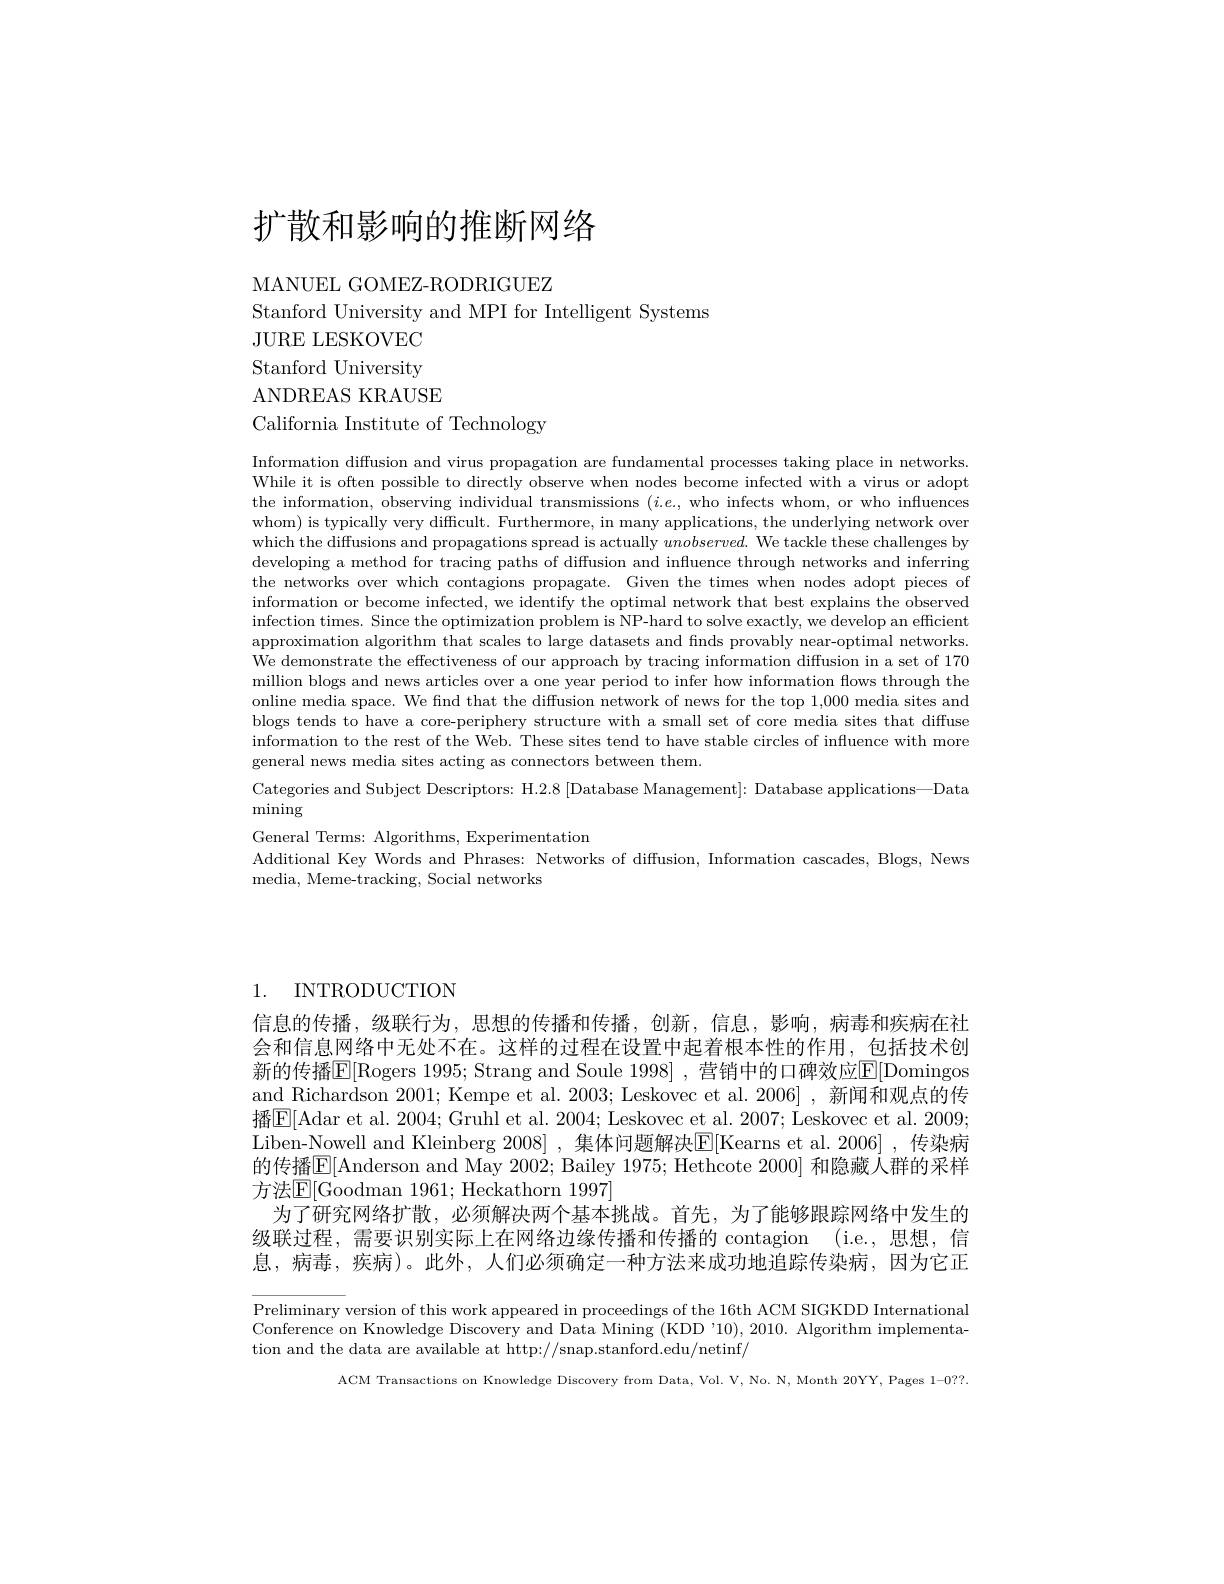
# 扩散和影响的推断网络

MANUEL GOMEZ- RODRIGUEZ

Stanford University and MPI for Intelligent Systems
JURE LESKOVEC Stanford University ANDREAS KRAUSE
California Institute of Technology

Information diffusion and virus propagation are fundamental processes taking place in networks. While it is often possible to directly observe when nodes become infected with a virus or adopt the information, observing individual transmissions $(i.e.$, who infects whom, or who influences whom) is typically very difficult. Furthermore, in many applications, the underlying network over which the diffusions and propagations spread is actually $unobserved.$ We tackle these challenges by developing a method for tracing paths of diffusion and influence through networks and inferring the networks over which contagions propagate. Given the times when nodes adopt pieces of information or become infected, we identify the optimal network that best explains the observed infection times. Since the optimization problem is NP-hard to solve exactly, we develop an efficient approximation algorithm that scales to large datasets and finds provably near-optimal networks. We demonstrate the effectiveness of our approach by tracing information diffusion in a set of 170 million blogs and news articles over a one year period to infer how information flows through the online media space. We find that the diffusion network of news for the top 1,000 media sites and blogs tends to have a core-periphery structure with a small set of core media sites that diffuse information to the rest of the Web. These sites tend to have stable circles of influence with more general news media sites acting as connectors between them.
Categories and Subject Descriptors: H.2.8 [Database Management]: Database applications—Data
$\operatorname*{mining}$
General Terms: Algorithms, Experimentation
Additional Key Words and Phrases: Networks of diffusion, Information cascades, Blogs, News
media, Meme-tracking, Social networks

1. INTRODUCTION

信息的传播，级联行为，思想的传播和传播，创新，信息，影响，病毒和疾病在社会和信息网络中无处不在。这样的过程在设置中起着根本性的作用，包括技术创新的传播$\overline{\mathbb{E}}[$Rogers 1995; Strang and Soule 1998] , 营销中的口碑效应$\underline{\mathbb{E}}[$Domingos and Richardson 2001; Kempe et al. 2003; Leskovec et al. 2006],新闻和观点的传播$\underline{\mathrm{E}}[$Adar et al. 2004; Gruhl et al. 2004; Leskovec et al. 2007; Leskovec et al. 2009; Liben-Nowell and Kleinberg 2008] , 集体问题解决$\overline{\mathrm{E}}[$Kearns et al.2006] ,传染病的传播$\mathbb{E}[$Anderson and May 2002; Bailey 1975; Hethcote 2000] 和隐藏人群的采样方法$\mathbb{E}[$Goodman 1961; Heckathorn 1997]
为了研究网络扩散，必须解决两个基本挑战。首先，为了能够跟踪网络中发生的级联过程，需要识别实际上在网络边缘传播和传播的 contagion (i.e., 思想，信息，病毒，疾病)。此外，人们必须确定一种方法来成功地追踪传染病，因为它正

Preliminary version of this work appeared in proceedings of the 16th ACM SIGKDD International Conference on Knowledge Discovery and Data Mining (KDD'10), 2010. Algorithm implementation and the data are available at http://snap.stanford.edu/netinf/

ACM Transactions on Knowledge Discovery from Data, Vol. V, No. N, Month 20YY, Pages 1-0??.